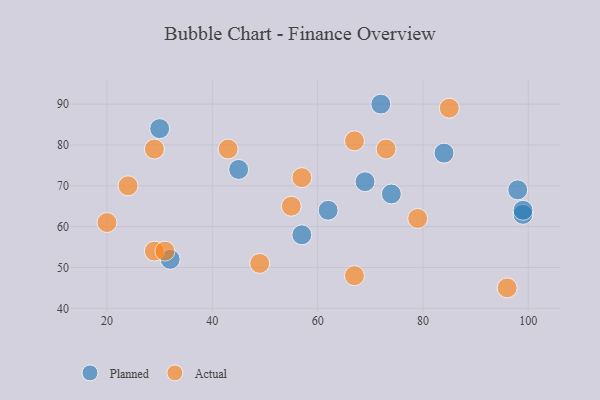
{"axis": {"x": "GDP", "y": "Life Expectancy"}, "legend": ["Actual", "Planned"], "data": [{"x": "45", "y": 74, "type": "Planned"}, {"x": "72", "y": 90, "type": "Planned"}, {"x": "84", "y": 78, "type": "Planned"}, {"x": "30", "y": 84, "type": "Planned"}, {"x": "57", "y": 58, "type": "Planned"}, {"x": "99", "y": 63, "type": "Planned"}, {"x": "99", "y": 64, "type": "Planned"}, {"x": "32", "y": 52, "type": "Planned"}, {"x": "74", "y": 68, "type": "Planned"}, {"x": "62", "y": 64, "type": "Planned"}, {"x": "69", "y": 71, "type": "Planned"}, {"x": "98", "y": 69, "type": "Planned"}, {"x": "20", "y": 61, "type": "Actual"}, {"x": "24", "y": 70, "type": "Actual"}, {"x": "43", "y": 79, "type": "Actual"}, {"x": "67", "y": 48, "type": "Actual"}, {"x": "67", "y": 81, "type": "Actual"}, {"x": "96", "y": 45, "type": "Actual"}, {"x": "79", "y": 62, "type": "Actual"}, {"x": "85", "y": 89, "type": "Actual"}, {"x": "57", "y": 72, "type": "Actual"}, {"x": "29", "y": 54, "type": "Actual"}, {"x": "31", "y": 54, "type": "Actual"}, {"x": "55", "y": 65, "type": "Actual"}, {"x": "49", "y": 51, "type": "Actual"}, {"x": "29", "y": 79, "type": "Actual"}, {"x": "73", "y": 79, "type": "Actual"}]}